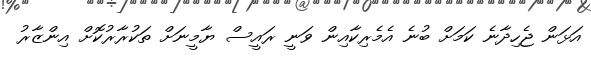
އަޅަން ޖެހިދާނެ ކަމަށް ބުނެ އެމެރިކާއިން ވަނީ ރައީސް ޔާމީނަށް ތަކުރާރުކޮށް އިންޒާރު